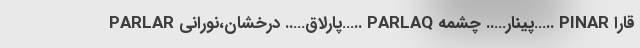
PARLAR پارلاق….. درخشان،نورانی….. PARLAQ پینار….. چشمه….. PINAR قارا